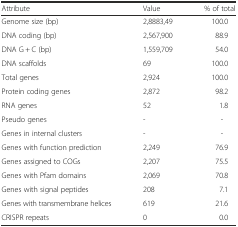
<table><thead><tr><td><b>Attribute</b></td><td><b>Value</b></td><td><b>% of total</b></td></tr></thead><tbody><tr><td>Genome size (bp)</td><td>2,8883,49</td><td>100.0</td></tr><tr><td>DNA coding (bp)</td><td>2,567,900</td><td>88.9</td></tr><tr><td>DNA G + C (bp)</td><td>1,559,709</td><td>54.0</td></tr><tr><td>DNA scaffolds</td><td>69</td><td>100.0</td></tr><tr><td>Total genes</td><td>2,924</td><td>100.0</td></tr><tr><td>Protein coding genes</td><td>2,872</td><td>98.2</td></tr><tr><td>RNA genes</td><td>52</td><td>1.8</td></tr><tr><td>Pseudo genes</td><td>-</td><td>-</td></tr><tr><td>Genes in internal clusters</td><td>-</td><td>-</td></tr><tr><td>Genes with function prediction</td><td>2,249</td><td>76.9</td></tr><tr><td>Genes assigned to COGs</td><td>2,207</td><td>75.5</td></tr><tr><td>Genes with Pfam domains</td><td>2,069</td><td>70.8</td></tr><tr><td>Genes with signal peptides</td><td>208</td><td>7.1</td></tr><tr><td>Genes with transmembrane helices</td><td>619</td><td>21.6</td></tr><tr><td>CRISPR repeats</td><td>0</td><td>0.0</td></tr></tbody></table>